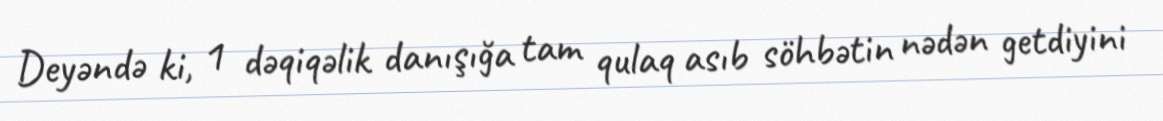
Deyəndə ki, 1 dəqiqəlik danışığa tam qulaq asıb söhbətin nədən getdiyini